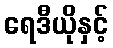
ရေဒီယိုနှင့်